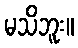
မသိဘူး။